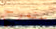
سنمرح